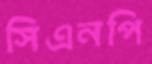
সিএনপি